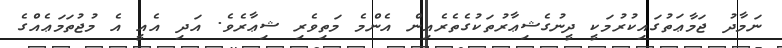
ނަމާދު ޖަމާޢަތުގައިކުރުމަކީ ދީނުގެޝިޢާރުތަކުގެތެރެއިން އެންމެ މަތިވެރި ޝިޢާރެވެ. އަދި އެއީ އެ މުޖުތަމަޢެއްގެ